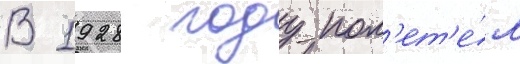
В 1928 году пол'ет'е́л